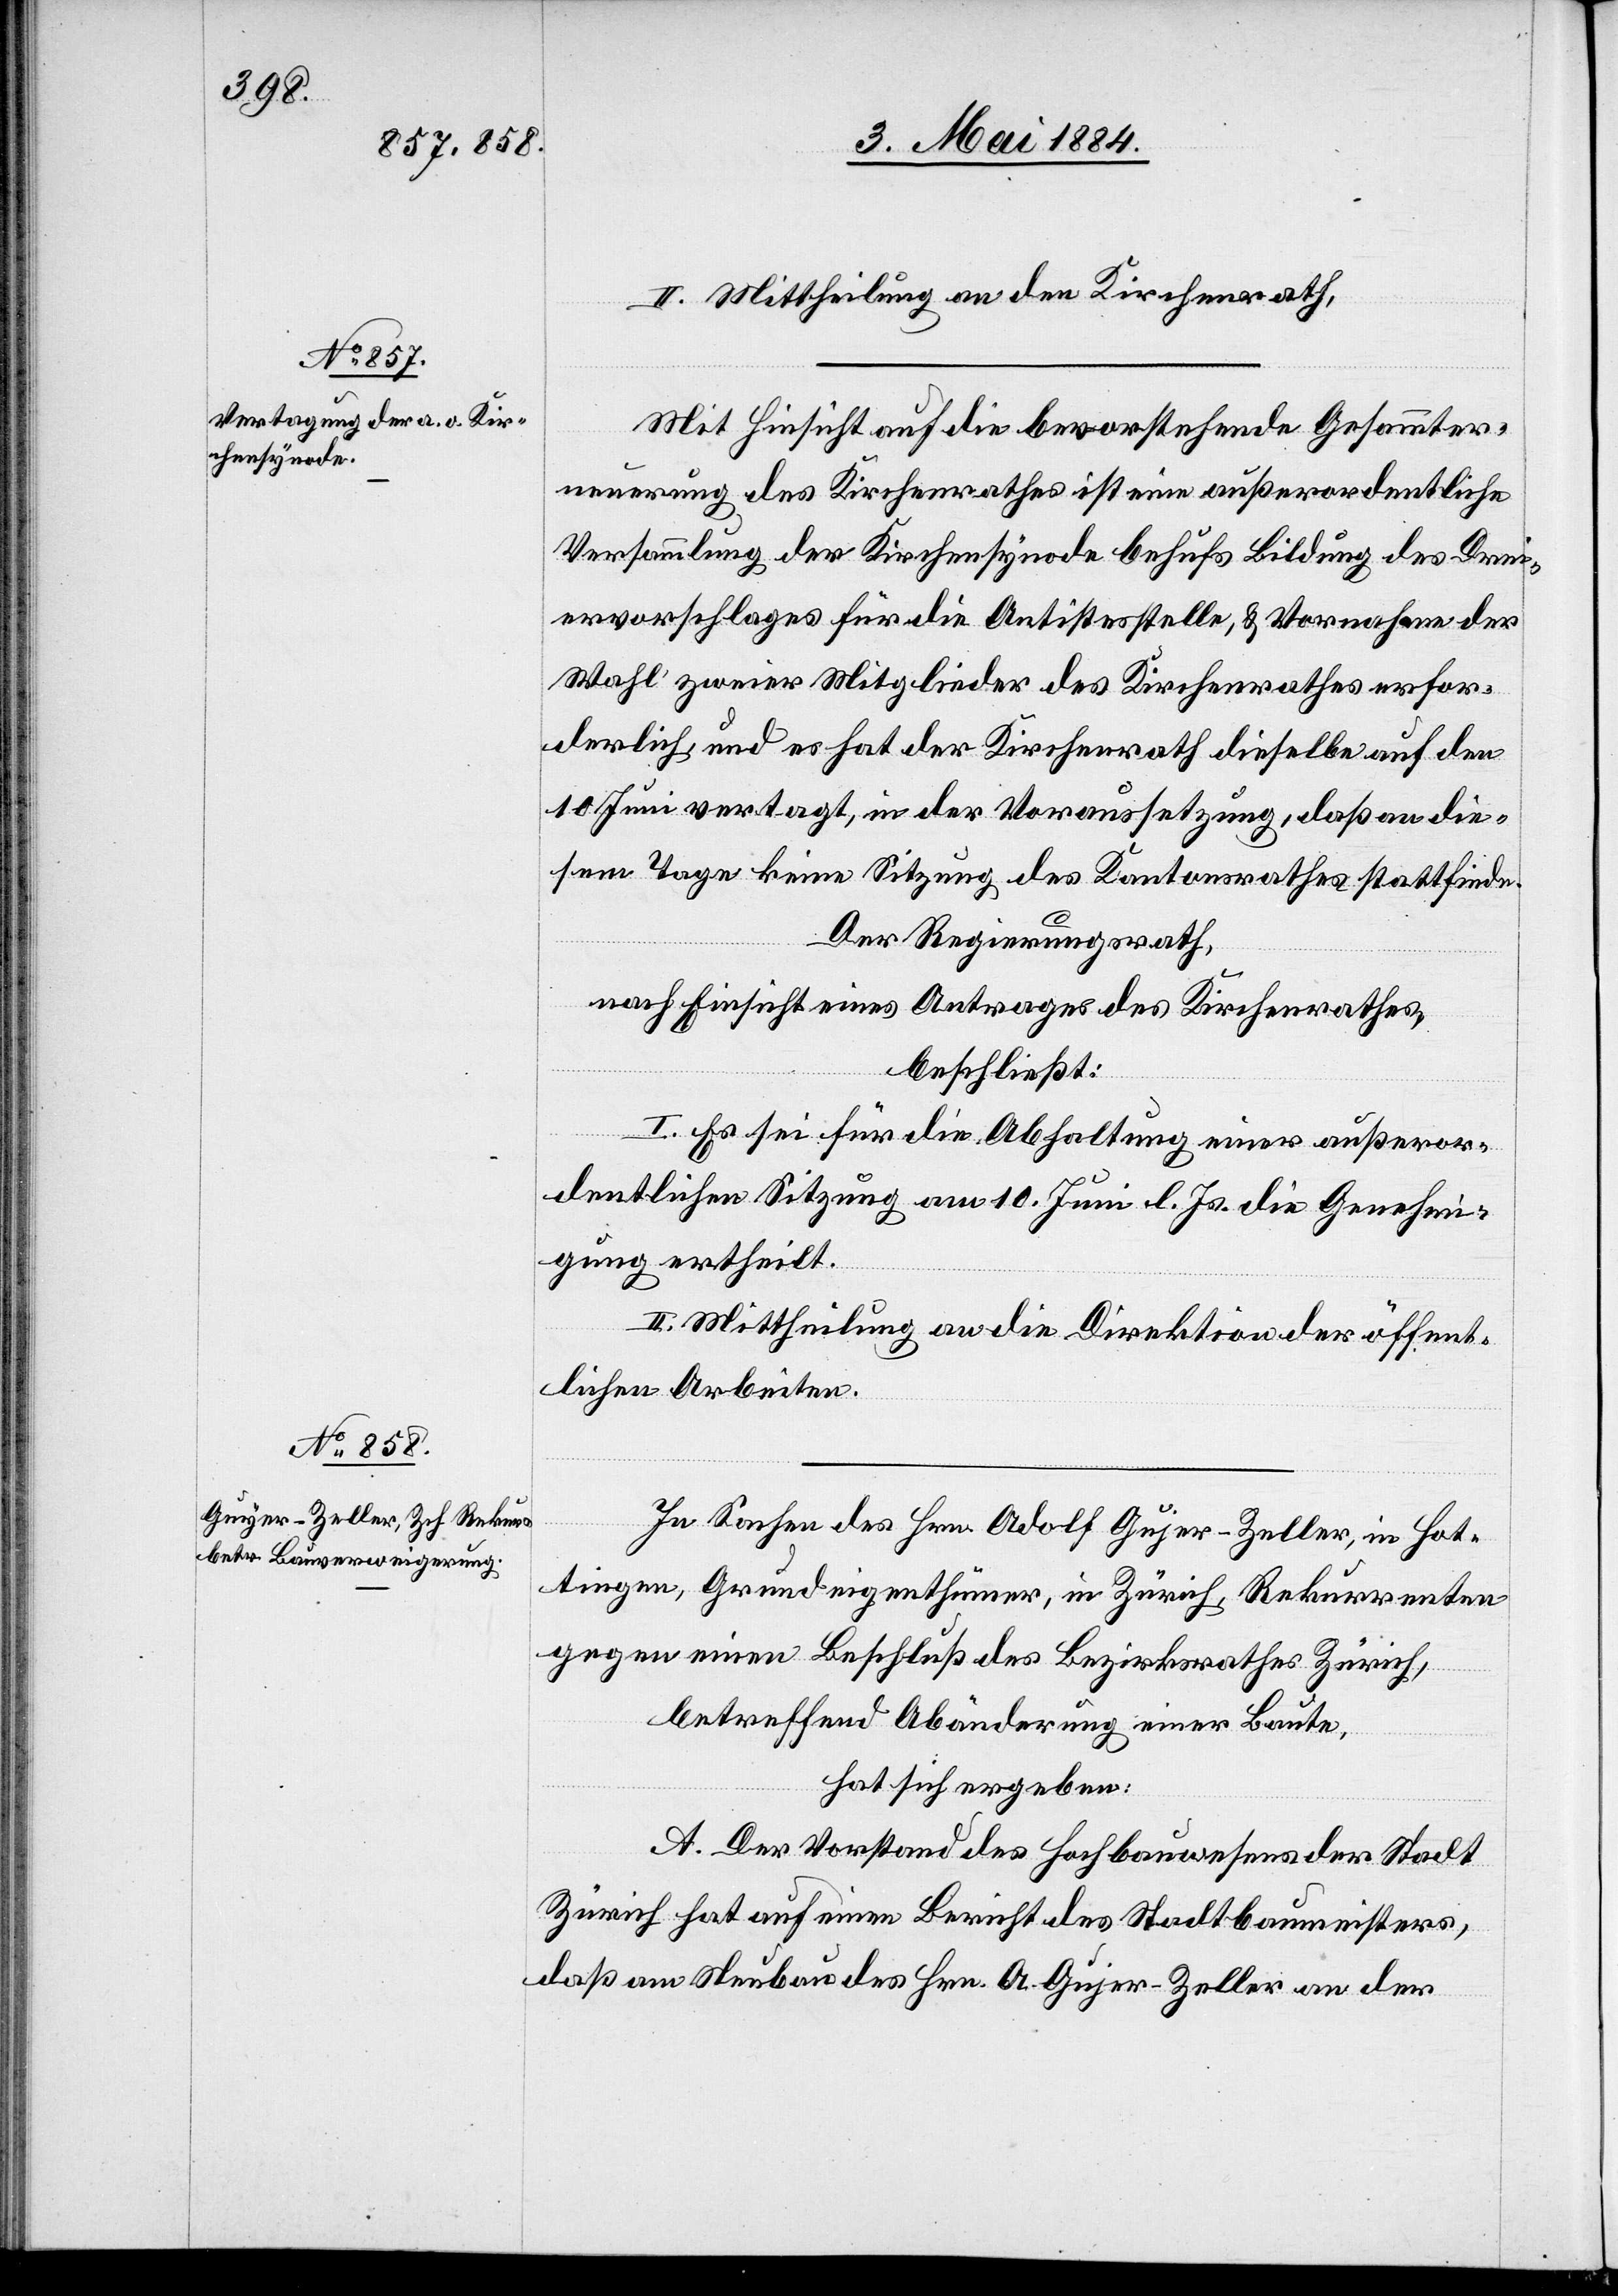
II. Mittheilung an den Kirchenrath.
Mit Hinsicht auf die bevorstehende Gesammter¬
neuerung des Kirchenrathes ist eine außerordentliche
Versammlung der Kirchensynode behufs Bildung des Drei¬
ervorschlages für die Antistesstelle, & Vornahme der
Wahl zweier Mitglieder des Kirchenrathes erfor¬
derlich, und es hat der Kirchenrath dieselbe auf den
10. Juni vertagt, in der Voraussetzung, daß an die¬
sem Tage keine Sitzung des Kantonsrathes stattfinde.
Der Regierungsrath,
nach Einsicht eines Antrages des Kirchenrathes,
Hot¬
beschließt:
I. Es sei für die Abhaltung einer außeror¬
dentlichen Sitzung am 10. Juni l. Js. die Genehmi¬
gung ertheilt.
II. Mittheilung an die Direktion der öffent¬
lichen Arbeiten.
In Sachen des Hrn. Adolf Gujer-Zeller [sic!],
tingen, Grundeigenthümer, in Zürich, Rekurrenten
gegen einen Beschluß des Bezirksrathes Zürich,
betreffend Abänderung einer Baute,
hat sich ergeben:
A. Der Vorstand des Hochbauwesens der Stadt
Zürich hat auf einen Bericht des Stadtbaumeisters,
daß am Neubau des Hrn. A. Gujer-Zeller an der